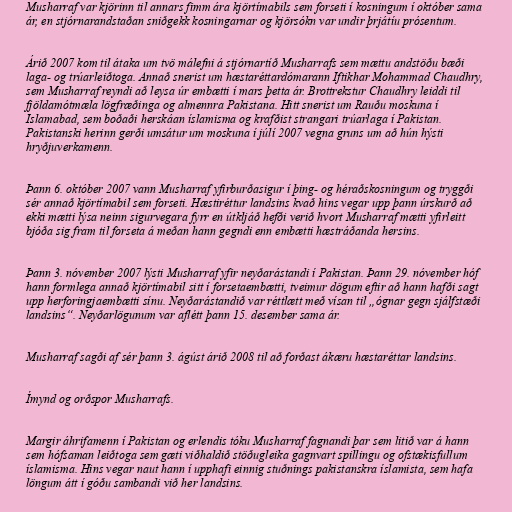
Musharraf var kjörinn til annars fimm ára kjörtímabils sem forseti í kosningum í október sama
ár, en stjórnarandstaðan sniðgekk kosningarnar og kjörsókn var undir þrjátíu prósentum.

Árið 2007 kom til átaka um tvö málefni á stjórnartíð Musharrafs sem mættu andstöðu bæði
laga- og trúarleiðtoga. Annað snerist um hæstaréttardómarann Iftikhar Mohammad Chaudhry,
sem Musharraf reyndi að leysa úr embætti í mars þetta ár. Brottrekstur Chaudhry leiddi til
fjöldamótmæla lögfræðinga og almennra Pakistana. Hitt snerist um Rauðu moskuna í
Islamabad, sem boðaði herskáan íslamisma og krafðist strangari trúarlaga í Pakistan.
Pakistanski herinn gerði umsátur um moskuna í júlí 2007 vegna gruns um að hún hýsti
hryðjuverkamenn.

Þann 6. október 2007 vann Musharraf yfirburðasigur í þing- og héraðskosningum og tryggði
sér annað kjörtímabil sem forseti. Hæstiréttur landsins kvað hins vegar upp þann úrskurð að
ekki mætti lýsa neinn sigurvegara fyrr en útkljáð hefði verið hvort Musharraf mætti yfirleitt
bjóða sig fram til forseta á meðan hann gegndi enn embætti hæstráðanda hersins.

Þann 3. nóvember 2007 lýsti Musharraf yfir neyðarástandi í Pakistan. Þann 29. nóvember hóf
hann formlega annað kjörtímabil sitt í forsetaembætti, tveimur dögum eftir að hann hafði sagt
upp herforingjaembætti sínu. Neyðarástandið var réttlætt með vísan til „ógnar gegn sjálfstæði
landsins“. Neyðarlögunum var aflétt þann 15. desember sama ár.

Musharraf sagði af sér þann 3. ágúst árið 2008 til að forðast ákæru hæstaréttar landsins.

Ímynd og orðspor Musharrafs.

Margir áhrifamenn í Pakistan og erlendis tóku Musharraf fagnandi þar sem litið var á hann
sem hófsaman leiðtoga sem gæti viðhaldið stöðugleika gagnvart spillingu og ofstækisfullum
íslamisma. Hins vegar naut hann í upphafi einnig stuðnings pakistanskra íslamista, sem hafa
löngum átt í góðu sambandi við her landsins.